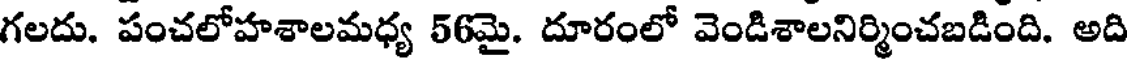
గలదు. పంచలోహశాలమధ్య 56మై. దూరంలో వెండిశాలనిర్మించబడింది. అది